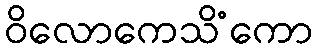
ဝိလောကေသိံကော